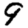
Digit: 9